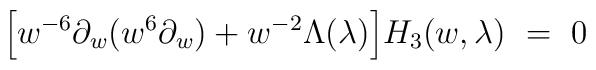
\Big[ w^{-6} \partial_{w}(w^{6} \partial_{w}) + w^{-2} \Lambda(\lambda) \Big] H_{3} (w,\lambda) \ = \ 0